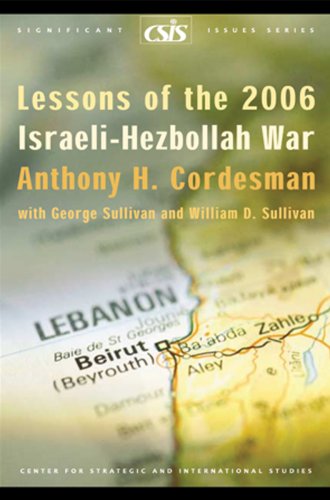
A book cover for Lessons of the 2006 Israeli-Hezbollah War; Anthony H. Cordesman; History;